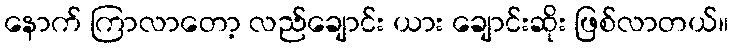
နောက် ကြာလာတော့ လည်ချောင်း ယား ချောင်းဆိုး ဖြစ်လာတယ်။